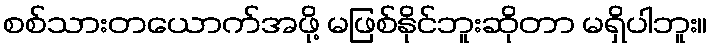
စစ်သားတယောက်အဖို့ မဖြစ်နိုင်ဘူးဆိုတာ မရှိပါဘူး။